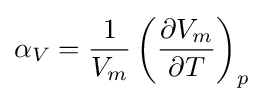
\alpha _{V}={\frac {1}{V_{m}}}\left({\frac {\partial V_{m}}{\partial T}}\right)_{p}